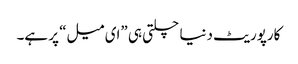
کارپوریٹ دنیا چلتی ہی ”ای میل“ پر ہے۔